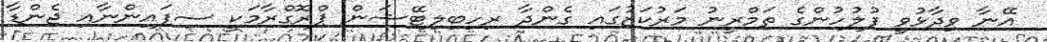
އޭނާ ވިދާޅުވީ ފުލުހުންގެ ތަމްރީނު މަރުކަޒުގައި ގެންދާ ރިހިބިލިޓޭޝަން ޕްރޮގްރާމަކީ ސިފައިންނާއި ޖެންޑާ